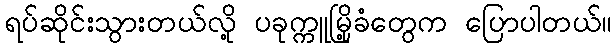
ရပ်ဆိုင်းသွားတယ်လို့ ပခုက္ကူမြို့ခံတွေက ပြောပါတယ်။